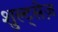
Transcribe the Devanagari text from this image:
शुल्ट्सेज़